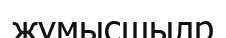
жұмысшылр